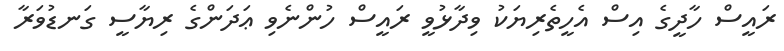
ރައީސް ހާދީގެ އިސް އެހީތެރިޔަކު ވިދާޅުވީ ރައީސް ހުންނެވި ޢަދަންގެ ރިޔާސީ ގަނޑުވަރާ